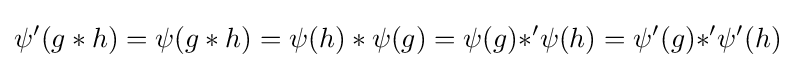
\psi '(g*h)=\psi (g*h)=\psi (h)*\psi (g)=\psi (g){\mathbin {\ast '}}\psi (h)=\psi '(g){\mathbin {\ast '}}\psi '(h)